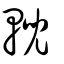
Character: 輗